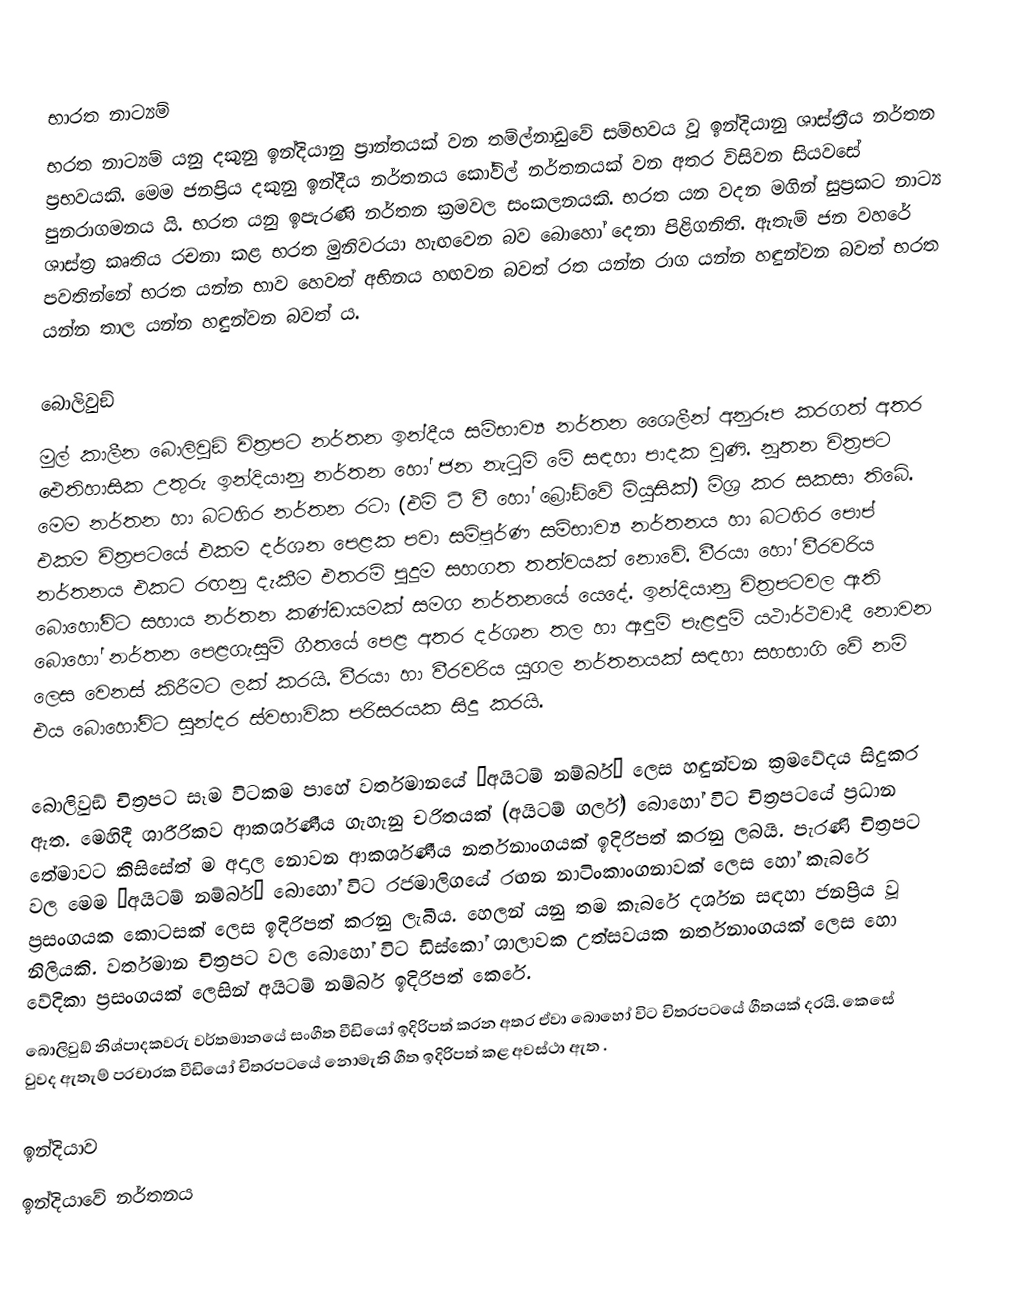

භාරත නාට්‍යම්
භරත නාට්‍යම් යනු දකුනු ඉන්දියානු ප‍්‍රාන්තයක් වන තම්ල්නාඩුවේ සම්භවය වූ ඉන්දියානු ශාස්ත‍්‍රීය නර්තන ප‍්‍රභවයකි. මෙම ජනප‍්‍රිය දකුනු ඉන්දීය නර්තනය කෝවිල් නර්තනයක් වන  අතර විසිවන සියවසේ පුනරාගමනය යි. භරත යනු ඉපැරණි නර්තන ක‍්‍රමවල සංකලනයකි. භරත යන වදන මගින් සුප‍්‍රකට නාට්‍ය ශාස්ත‍්‍ර කෘතිය රචනා කළ භරත මුනිවරයා හැඟවෙන බව බොහෝ දෙනා පිළිගනිති. ඇතැම් ජන වහරේ පවතින්නේ භරත යන්න භාව හෙවත් අභිනය හඟවන බවත් රත යන්න රාග යන්න හඳුන්වන බවත් භරත යන්න තාල යන්න හඳුන්වන බවත් ය.

බොලිවුඞ්
මුල් කාලීන බොලිවුඞ් චිත‍්‍රපට නර්තන ඉන්දීය සම්භාව්‍ය නර්තන ශෛලීන් අනුරූප කරගත් අතර ඓතිහාසික උතුරු ඉන්දියානු නර්තන හෝ ජන නැටුම් මේ සඳහා පාදක වුණි. නූතන චිත‍්‍රපට මෙම නර්තන හා බටහිර නර්තන රටා (එම් ටී වී හෝ බ්‍රෝඞ්වේ මියුසික්) මිශ‍්‍ර කර සකසා තිබේ. එකම චිත‍්‍රපටයේ එකම දර්ශන පෙළක පවා සම්පූර්ණ සම්භාව්‍ය නර්තනය හා බටහිර පොප් නර්තනය එකට රඟනු දැකීම එතරම් පුදුම සහගත තත්වයක් නොවේ. වීරයා හෝ වීරවරිය බොහෝවිට සහාය නර්තන කණ්ඩායමක් සමග නර්තනයේ යෙදේ. ඉන්දියානු චිත‍්‍රපටවල ඇති බොහෝ නර්තන පෙළගැසුම් ගීතයේ පෙළ අතර දර්ශන තල හා ඇඳුම් පැළඳුම් යථාර්ථවාදී නොවන ලෙස වෙනස් කිරීමට ලක් කරයි. වීරයා හා වීරවරිය යුගල නර්තනයක් සඳහා සහභාගි වේ නම් එය බොහෝවිට සුන්දර ස්වභාවික පරිසරයක සිදු කරයි.

බොලිවුඞ් චිත‍්‍රපට සෑම විටකම පාහේ වර්තමානයේ ‘අයිටම් නම්බර්’ ලෙස හඳුන්වන ක‍්‍රමවේදය සිදුකර ඇත. මෙහිදී ශාරීරිකව ආකර්ශණීය ගැහැනු චරිතයක් (අයිටම් ගර්ල්) බොහෝ විට චිත‍්‍රපටයේ ප‍්‍රධාන තේමාවට  කිසිසේත් ම අදාල නොවන ආකර්ශණීය නර්තනාංගයක් ඉදිරිපත් කරනු ලබයි. පැරණි චිත‍්‍රපට වල මෙම ‘අයිටම් නම්බර්’ බොහෝ විට රජමාලිගයේ රඟන නාටිංකාංගනාවක් ලෙස හෝ කැබරේ ප‍්‍රසංගයක කොටසක් ලෙස ඉදිරිපත් කරනු ලැබීය. හෙලන් යනු තම කැබරේ දර්ශන සඳහා ජනප‍්‍රිය වූ නිලියකි. වර්තමාන චිත‍්‍රපට වල බොහෝ විට ඩිස්කෝ ශාලාවක උත්සවයක නර්තනාංගයක් ලෙස හො වේදිකා ප‍්‍රසංගයක් ලෙසින් අයිටම් නම්බර් ඉදිරිපත් කෙරේ.
බොලිවුඞ් නිශ්පාදකවරු වර්තමානයේ සංගීත වීඩියෝ ඉදිරිපත් කරන අතර ඒවා බොහෝ විට චිත‍්‍රපටයේ ගීතයක් දරයි. කෙසේ වුවද ඇතැම් ප‍්‍රචාරක වීඩියෝ චිත‍්‍රපටයේ නොමැති ගීත ඉදිරිපත් කළ අවස්ථා ඇත .

ඉන්දියාව
ඉන්දියාවේ නර්තනය